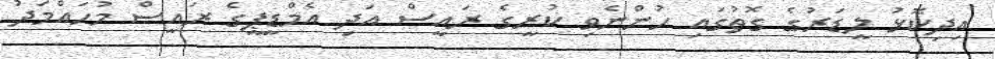
އިދިކޮޅު ލީޑަރުގެ ގޮތުގައި ހުންނެވި ކުރީގެ ރައީސް އަދި އެމްޑީޕީގެ ރައީސް މުހައްމަދު